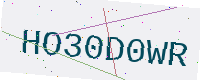
Text: HO30D0WR